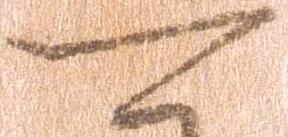
可